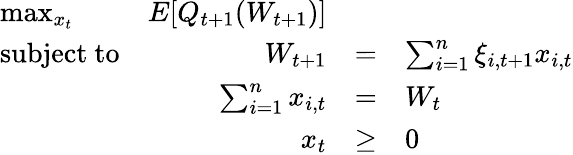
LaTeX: {\begin{array}{lrclr}{\operatorname*{max}_{x_{t}}}&{E[Q_{t+1}(W_{t+1})]}&\\ {{\mathrm{subject~to}}}&{W_{t+1}}&{=}&{\sum_{i=1}^{n}\xi_{i,t+1}x_{i,t}}\\ &{\sum_{i=1}^{n}x_{i,t}}&{=}&{W_{t}}\\ &{x_{t}}&{\geq}&{0}\end{array}}